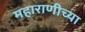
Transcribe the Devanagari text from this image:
महाराणीच्या